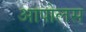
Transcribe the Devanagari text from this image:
आपोलस